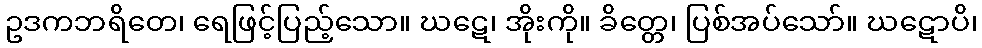
ဥဒကဘရိတေ၊ ရေဖြင့်ပြည့်သော။ ဃဋေ၊ အိုးကို။ ခိတ္တေ၊ ပြစ်အပ်သော်။ ဃဋောပိ၊